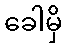
ခေါမှိ